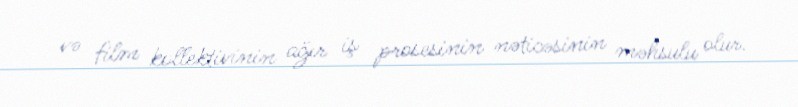
və film kollektivinin ağır iş prosesinin nəticəsinin məhsulu olur.